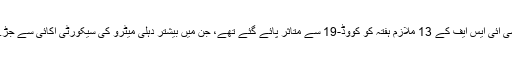
وہیں سی آئی ایس ایف کے 13 ملازم ہفتہ کو کووڈ-19 سے متاثر پائے گئے تھے، جن میں بیشتر دہلی میٹرو کی سیکورٹی اکائی سے جڑے ہیں۔